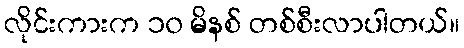
လိုင်းကားက ၁၀ မိနစ် တစ်စီးလာပါတယ်။